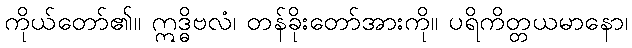
ကိုယ်တော်၏။ ဣဒ္ဓိဗလံ၊ တန်ခိုးတော်အားကို။ ပရိကိတ္တယမာနော၊